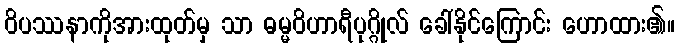
ဝိပဿနာကိုအားထုတ်မှ သာ ဓမ္မဝိဟာရီပုဂ္ဂိုလ် ခေါ်နိုင်ကြောင်း ဟောထား၏။